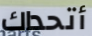
أتحداك